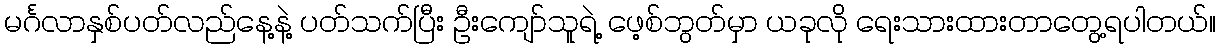
မင်္ဂလာနှစ်ပတ်လည်နေ့နဲ့ ပတ်သက်ပြီး ဦးကျော်သူရဲ့ ဖေ့စ်ဘွတ်မှာ ယခုလို ရေးသားထားတာတွေ့ရပါတယ်။